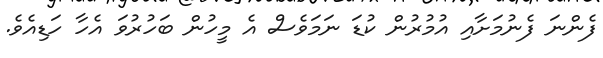
ފެންނަ ފެނުމަށާއި އުމުރުން ކުޑަ ނަމަވެސް އެ މީހުން ބަހުރުވަ އެހާ ހަޑިއެވެ.